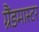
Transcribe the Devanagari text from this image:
ग्रैंडमास्‍टर